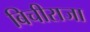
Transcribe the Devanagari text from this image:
बिचीराजा